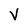
Character: V